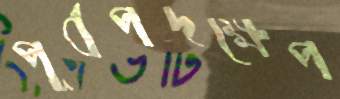
পূর্বপদক্ষেপ